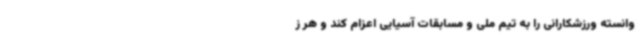
وانسته ورزشکارانی را به تیم ملی و مسابقات آسیایی اعزام کند و هر ز